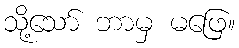
သို့သော် ဘာမှ မဖြေ။